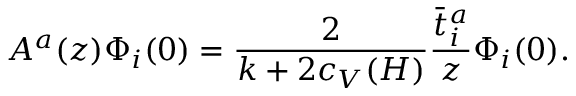
A ^ { a } ( z ) \Phi _ { i } ( 0 ) = { \frac { 2 } { k + 2 c _ { V } ( H ) } } { \frac { \bar { t } _ { i } ^ { a } } { z } } \Phi _ { i } ( 0 ) .